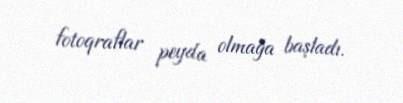
fotoqraflar peyda olmağa başladı.